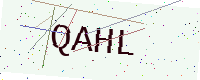
Text: QAHL